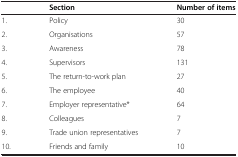
|  | Section | Number of items |
 | --- | --- | --- |
 | 1. | Policy | 30 |
 | 2. | Organisations | 57 |
 | 3. | Awareness | 78 |
 | 4. | Supervisors | 131 |
 | 5. | The return-to-work plan | 27 |
 | 6. | The employee | 40 |
 | 7. | Employer representative* | 64 |
 | 8. | Colleagues | 7 |
 | 9. | Trade union representatives | 7 |
 | 10. | Friends and family | 10 |